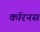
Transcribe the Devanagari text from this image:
कॉरनस